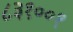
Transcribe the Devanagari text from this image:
८३१००१